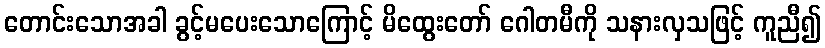
တောင်းသောအခါ ခွင့်မပေးသောကြောင့် မိထွေးတော် ဂေါတမီကို သနားလှသဖြင့် ကူညီ၍